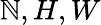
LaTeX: \mathbb{N},H,W